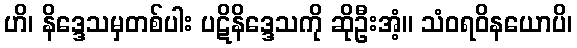
ဟိ၊ နိဒ္ဒေသမှတစ်ပါး ပဋိနိဒ္ဒေသကို ဆိုဦးအံ့။ သံဝရဝိနယောပိ၊